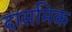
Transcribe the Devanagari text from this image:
दासमिक